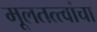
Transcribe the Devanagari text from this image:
मूलतत्त्वांचा